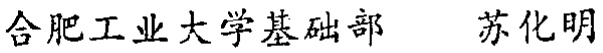
合肥工业大学基础部 苏化明